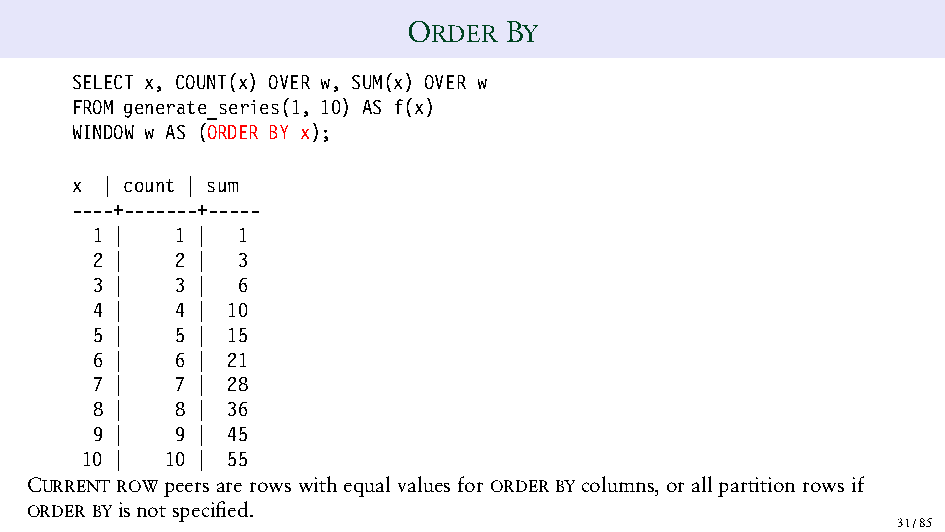
ORDER BY
 SELECT x, COUNT(x) OVER w, SUM(x) OVER w
 FROM generate_series(1, 10) AS f(x)
 WINDOW w AS (ORDER BY x);
 x | count | sum
 ----+-------+-----
 1 |   1 | 1
 2 |   2 | 3
 3 |   3 | 6
 4 |   4 | 10
 5 |   5 | 15
 6 |   6 | 21
 7 |   7 | 28
 8 |   8 | 36
 9 |   9 | 45
 10 |  10 | 55
 CURRENTROWpeersarerowswithequalvaluesforORDERBYcolumns,orallpartitionrowsif
 ORDERBYisnotspecified.
 31/85